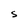
Character: S